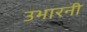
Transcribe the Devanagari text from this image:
उभारनी